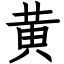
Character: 黄